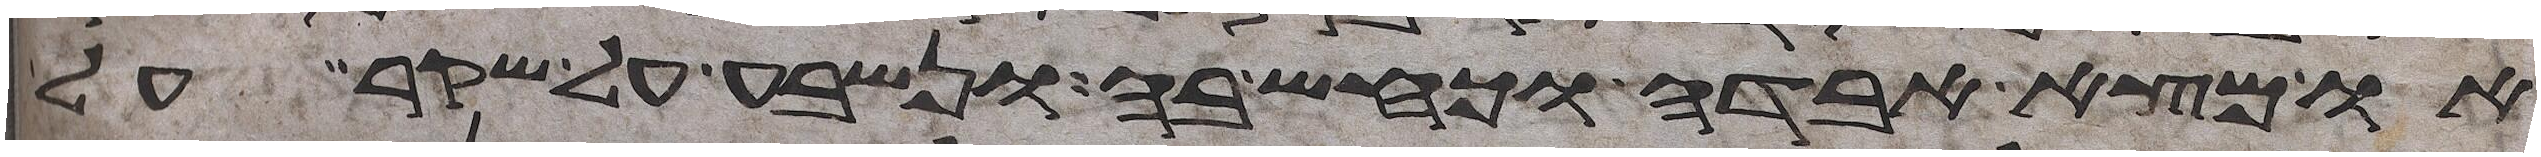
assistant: או מצא אבדה וכחש בה ונשבע על שקר על